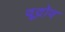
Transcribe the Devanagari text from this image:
वूद्रोव